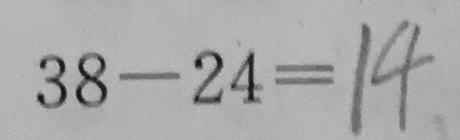
3 8 - 2 4 = 1 4